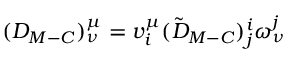
( D _ { M - C } ) _ { \nu } ^ { \mu } = v _ { i } ^ { \mu } ( \tilde { D } _ { M - C } ) _ { j } ^ { i } \omega _ { \nu } ^ { j }